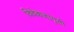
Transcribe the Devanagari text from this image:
विवेकजागृती